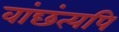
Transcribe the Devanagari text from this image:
वांछंत्यपि